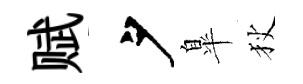
赋夕臯狄